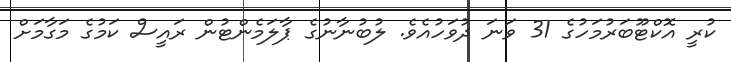
ކުރީ އޮކްޓޫބަރުމަހުގެ 31 ވަނަ ދުވަހުއެވެ. ލުބުނާނުގެ ޕާލަމެންޓުން ރައީސް ކަމުގެ މަގާމަށް